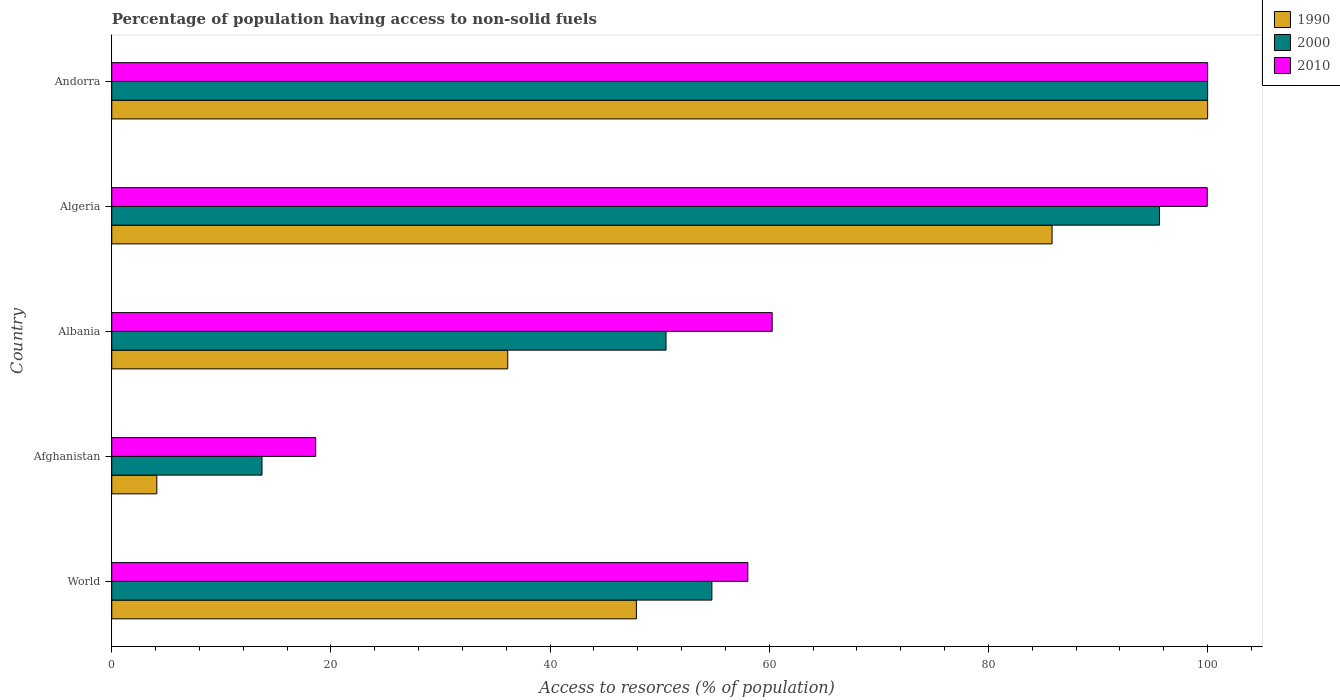
| Country | 1990 | 2000 | 2010 |
 | --- | --- | --- | --- |
 | World | 47.9 | 54.8 | 58 |
 | Afghanistan | 4.11 | 13.7 | 18.6 |
 | Albania | 36.1 | 50.6 | 60.3 |
 | Algeria | 85.8 | 95.6 | 100 |
 | Andorra | 100 | 100 | 100 |